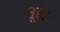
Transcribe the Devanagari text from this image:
सूझे।